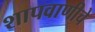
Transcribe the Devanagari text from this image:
शापवाणीचे